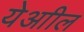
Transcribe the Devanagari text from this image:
येआील